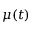
\mu ( t )